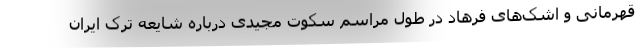
قهرمانی و اشک‌های فرهاد در طول مراسم سکوت مجیدی درباره شایعه ترک ایران